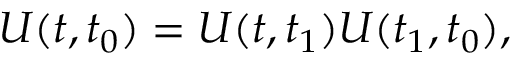
U ( t , t _ { 0 } ) = U ( t , t _ { 1 } ) U ( t _ { 1 } , t _ { 0 } ) ,